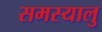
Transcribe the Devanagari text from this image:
समस्यालु